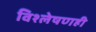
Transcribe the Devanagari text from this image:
विश्लेषणही